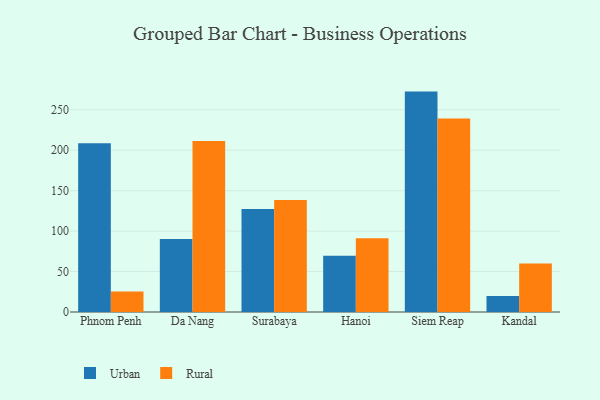
{"axis": {"x": "City", "y": "Population (Million)"}, "legend": ["Rural", "Urban"], "data": [{"x": "Phnom Penh", "y": 208.6, "type": "Urban"}, {"x": "Phnom Penh", "y": 25.4, "type": "Rural"}, {"x": "Da Nang", "y": 90.3, "type": "Urban"}, {"x": "Da Nang", "y": 211.3, "type": "Rural"}, {"x": "Surabaya", "y": 127.5, "type": "Urban"}, {"x": "Surabaya", "y": 138.4, "type": "Rural"}, {"x": "Hanoi", "y": 69.6, "type": "Urban"}, {"x": "Hanoi", "y": 91.2, "type": "Rural"}, {"x": "Siem Reap", "y": 272.5, "type": "Urban"}, {"x": "Siem Reap", "y": 239.2, "type": "Rural"}, {"x": "Kandal", "y": 19.7, "type": "Urban"}, {"x": "Kandal", "y": 60.0, "type": "Rural"}]}